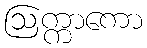
ဩက္ကာကော